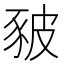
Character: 𧰸